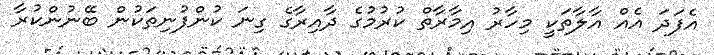
އެފަދަ އެއް އާލާތަކީ މިހާރު އިމާރާތް ކުރުމުގެ ދާއިރާގެ ގިނަ ކުންފުނިތަކުން ބޭނުންކުރާ